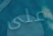
على